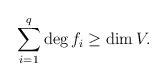
LaTeX: \begin{align*}\sum_{i=1}^q \deg f_i \geq \dim V.\end{align*}